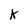
Character: K